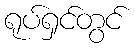
ရုပ်ရှင်တွင်